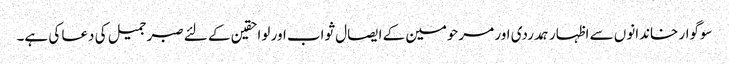
سوگوار خاندانوں سے اظہار ہمدردی اور مرحومین کے ایصال ثواب اور لواحقین کے لئے صبر جمیل کی دعا کی ہے۔